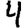
Digit: 4